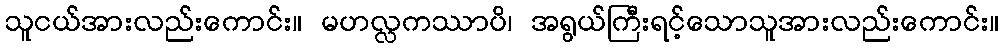
သူငယ်အားလည်းကောင်း။ မဟလ္လကဿာပိ၊ အရွယ်ကြီးရင့်သောသူအားလည်းကောင်း။